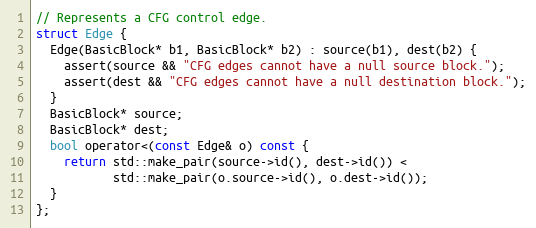
Language: C
// Represents a CFG control edge.
struct Edge {
  Edge(BasicBlock* b1, BasicBlock* b2) : source(b1), dest(b2) {
    assert(source && "CFG edges cannot have a null source block.");
    assert(dest && "CFG edges cannot have a null destination block.");
  }
  BasicBlock* source;
  BasicBlock* dest;
  bool operator<(const Edge& o) const {
    return std::make_pair(source->id(), dest->id()) <
           std::make_pair(o.source->id(), o.dest->id());
  }
};